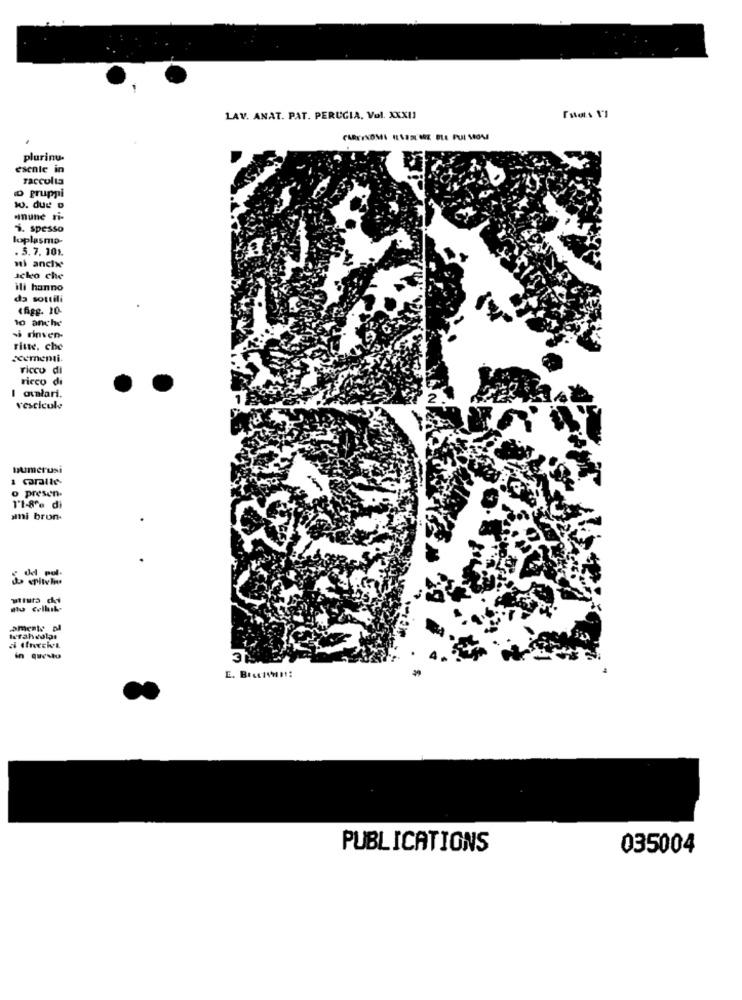
LAV. ANAT. PAT. PERUGIA, Vol. XXXII
.
plurinu.
esente in
raccolta
o gruppi
Jo. due o
5. spesso
loplasma-
. 5.7. 10).
mi anche
acko che
ili hanno
da sottili
«figg. 10
to anche
si rinven-
ritwe. che
¿cementi.
ricco di
ricco di
I oualari.
vescicole
numerusi
o presen.
1'1-8% di
ami bron
Hu cellik-
wrahdolas
in questo
PUBLICATIONS
035004